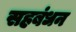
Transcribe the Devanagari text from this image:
सहबंधन